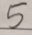
5